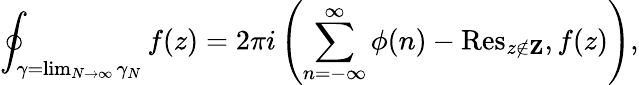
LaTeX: \oint_{\gamma=\operatorname*{lim}_{N\rightarrow\infty}\gamma_{N}}f(z)=2\pi i\left(\sum_{n=-\infty}^{\infty}\phi(n)-\mathrm{Res}_{z\not\in{\mathbf Z}},f(z)\right),